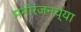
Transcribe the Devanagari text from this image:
मनोरंजनच्या